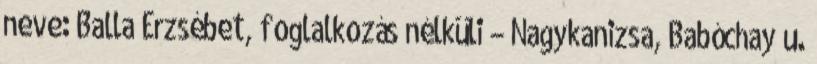
neve: Balla Erzsébet, foglalkozás nélküli – Nagykanizsa, Babóchay u.